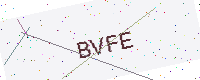
Text: BVFE